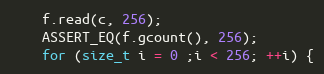
Language: C++
    f.read(c, 256);
    ASSERT_EQ(f.gcount(), 256);
    for (size_t i = 0 ;i < 256; ++i) {